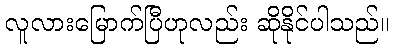
လူလားမြောက်ပြီဟုလည်း ဆိုနိုင်ပါသည်။